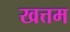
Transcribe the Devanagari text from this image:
खत्तम